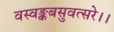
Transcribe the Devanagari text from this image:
वस्वङ्कबसुवत्सरे।।